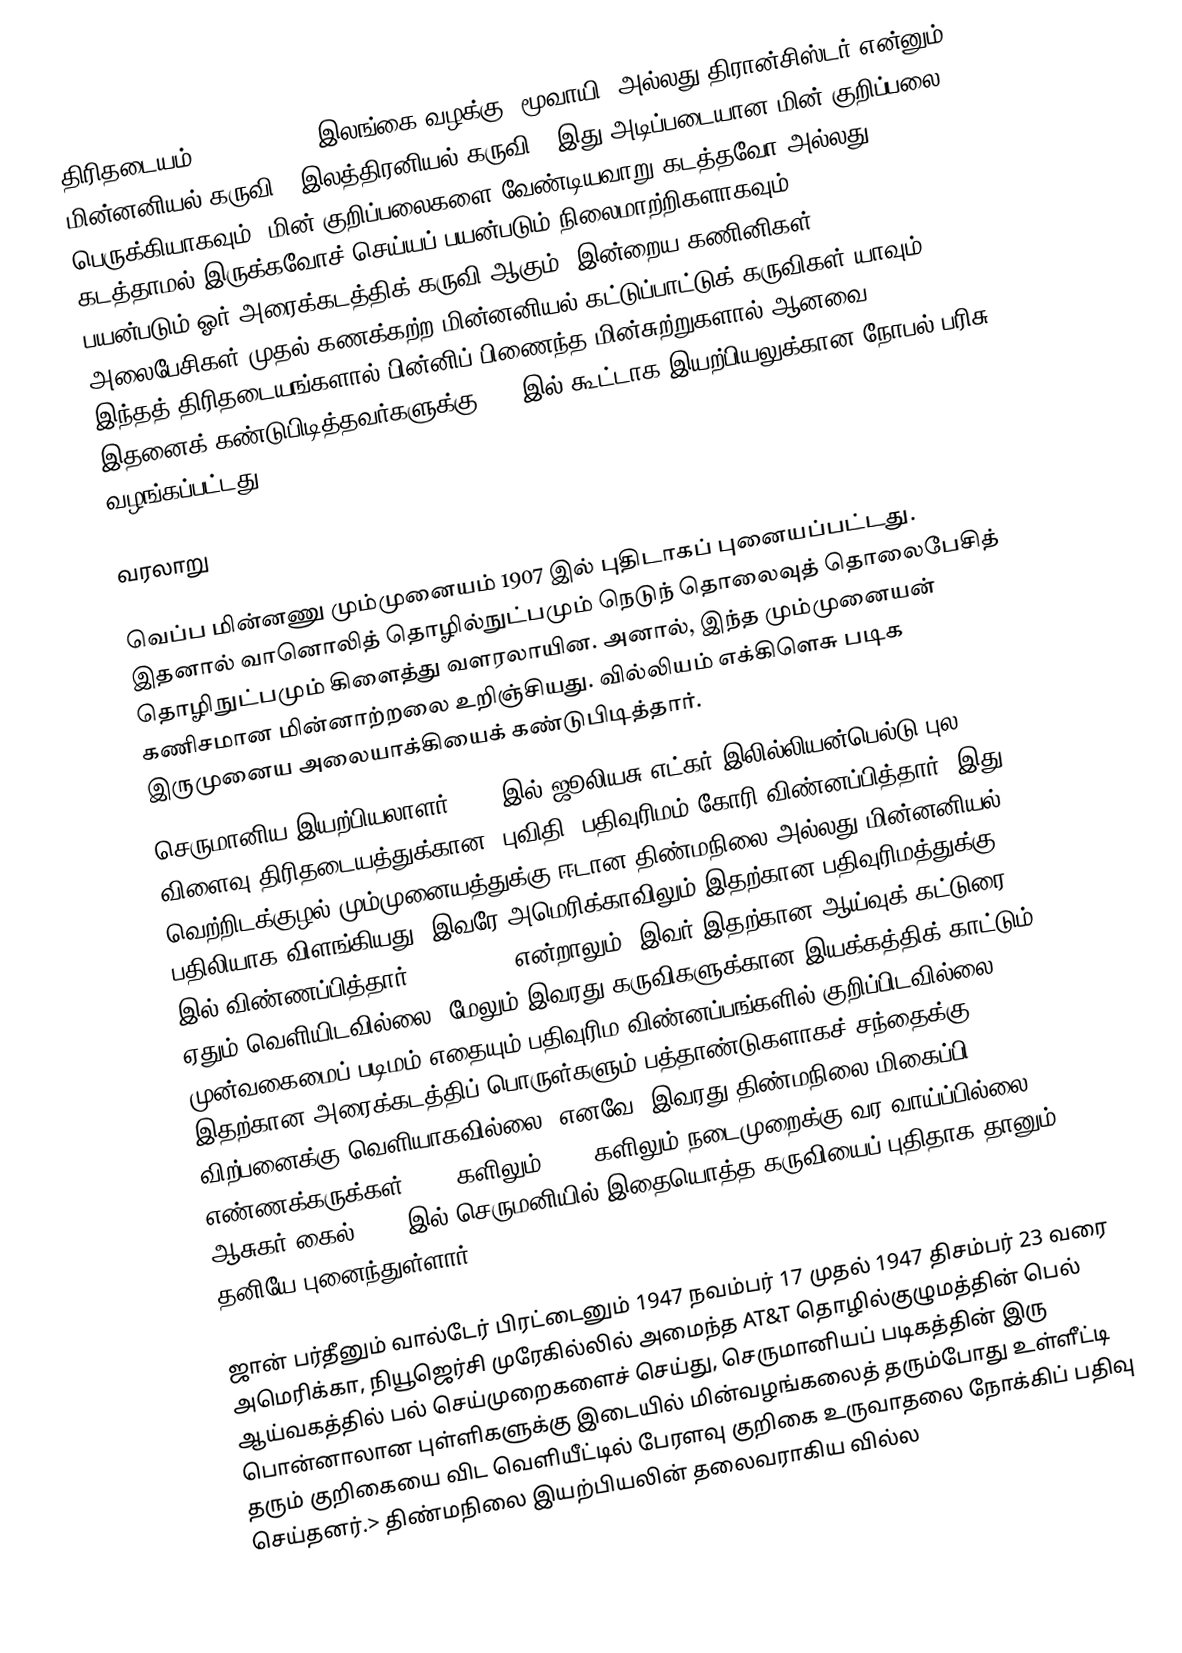
திரிதடையம் (Transistor, இலங்கை வழக்கு: மூவாயி) அல்லது திரான்சிஸ்டர் என்னும் மின்னனியல் கருவி ( இலத்திரனியல் கருவி); இது அடிப்படையான மின் குறிப்பலை பெருக்கியாகவும், மின் குறிப்பலைகளை வேண்டியவாறு கடத்தவோ அல்லது கடத்தாமல் இருக்கவோச் செய்யப் பயன்படும் நிலைமாற்றிகளாகவும் (switches) பயன்படும் ஓர் அரைக்கடத்திக் கருவி ஆகும். இன்றைய கணினிகள், அலைபேசிகள் முதல் கணக்கற்ற மின்னனியல் கட்டுப்பாட்டுக் கருவிகள் யாவும் இந்தத் திரிதடையங்களால் பின்னிப் பிணைந்த மின்சுற்றுகளால் ஆனவை. இதனைக் கண்டுபிடித்தவர்களுக்கு 1956இல் கூட்டாக இயற்பியலுக்கான நோபல் பரிசு வழங்கப்பட்டது.

வரலாறு

வெப்ப மின்னணு மும்முனையம் 1907 இல் புதிடாகப் புனையப்பட்டது. இதனால் வானொலித் தொழில்நுட்பமும் நெடுந் தொலைவுத் தொலைபேசித் தொழிநுட்பமும் கிளைத்து வளரலாயின. அனால், இந்த மும்முனையன் கணிசமான மின்னாற்றலை உறிஞ்சியது. வில்லியம் எக்கிளெசு படிக இருமுனைய அலையாக்கியைக் கண்டுபிடித்தார்.
 செருமானிய இயற்பியலாளர் 1925 இல் ஜூலியசு எட்கர் இலில்லியன்பெல்டு புல விளைவு திரிதடையத்துக்கான (புவிதி) பதிவுரிமம் கோரி விண்னப்பித்தார். இது வெற்றிடக்குழல் மும்முனையத்துக்கு ஈடான திண்மநிலை அல்லது மின்னனியல் பதிலியாக விளங்கியது. இவரே அமெரிக்காவிலும் இதற்கான பதிவுரிமத்துக்கு 1926 இல் விண்ணப்பித்தார். and 1928. என்றாலும், இவர் இதற்கான ஆய்வுக் கட்டுரை ஏதும் வெளியிடவில்லை. மேலும் இவரது கருவிகளுக்கான இயக்கத்திக் காட்டும் முன்வகைமைப் படிமம் எதையும் பதிவுரிம விண்னப்பங்களில் குறிப்பிடவில்லை. இதற்கான அரைக்கடத்திப் பொருள்களும் பத்தாண்டுகளாகச் சந்தைக்கு விற்பனைக்கு வெளியாகவில்லை; எனவே, இவரது திண்மநிலை மிகைப்பி எண்ணக்கருக்கள் 1920 களிலும் 1930 களிலும் நடைமுறைக்கு வர வாய்ப்பில்லை. ஆசுகர் கைல் 1934 இல் செருமனியில் இதையொத்த கருவியைப் புதிதாக தானும் தனியே புனைந்துள்ளார்.

ஜான் பர்தீனும் வால்டேர் பிரட்டைனும் 1947 நவம்பர் 17 முதல் 1947 திசம்பர் 23 வரை அமெரிக்கா, நியூஜெர்சி முரேகில்லில் அமைந்த AT&T தொழில்குழுமத்தின் பெல் ஆய்வகத்தில் பல் செய்முறைகளைச் செய்து, செருமானியப் படிகத்தின் இரு பொன்னாலான புள்ளிகளுக்கு இடையில் மின்வழங்கலைத் தரும்போது உள்ளீட்டி தரும் குறிகையை விட வெளியீட்டில் பேரளவு குறிகை உருவாதலை நோக்கிப் பதிவு செய்தனர்.> திண்மநிலை இயற்பியலின் தலைவராகிய வில்ல